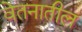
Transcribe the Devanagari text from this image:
वेतनातील